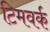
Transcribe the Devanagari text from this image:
टिमवर्क